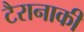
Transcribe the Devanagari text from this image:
टैरानाकी